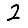
Digit: 2